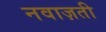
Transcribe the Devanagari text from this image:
नवाज़ती